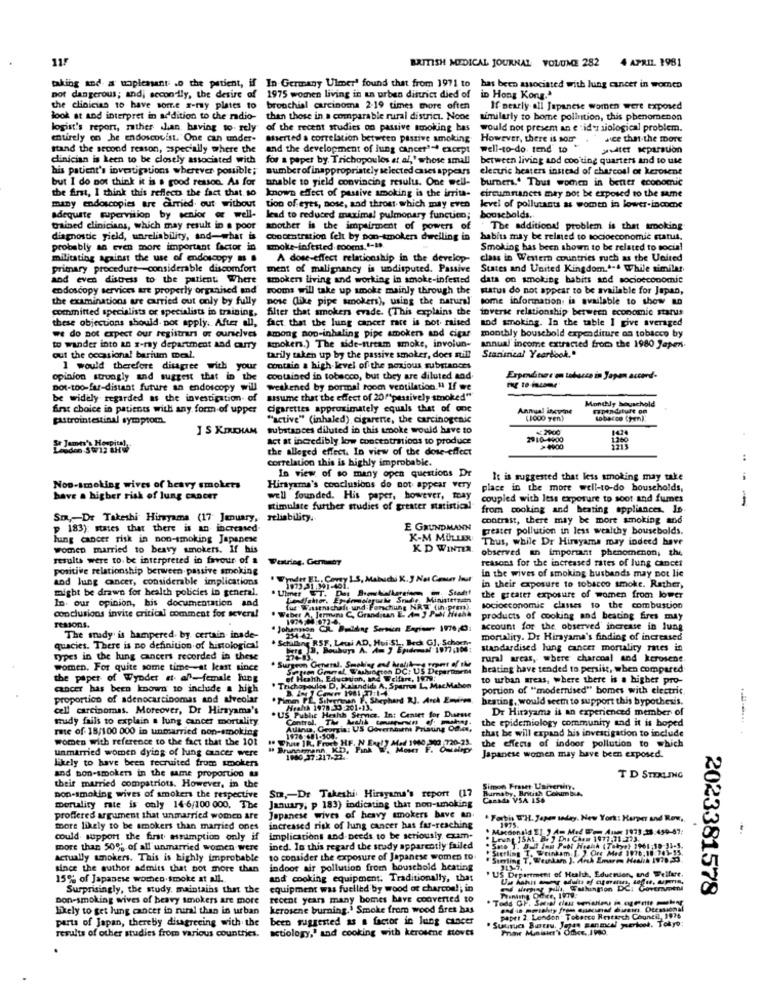
11/
BRITISH MEDICAL JOURNAL VOLUME 282
4 APRIL. 1981
aking and a uapleasant .o the patient, if In Germany Ulmer' found that from 1971 to has been associated with lung cancer in women
not dangerous; and; secondly, the desire of 1975 women living in un urben district died of in Hong Kong."
ot dangerous; and; secondly, the desire
the clinician 10 have some x-ray plates to
the clinician to have some x-ray plates to bronchial carcinoma 2-19 times more often
If nearly all Japanese women were exposed
look at and interpret in addition to the radio-
than those in a comparable rural district. None similarly to bome polintion, this phenomenon
logist's report, rather than having to. rely
of the recent studies on passive smoking bas
would not presem an e ' id': siological problem.
entirely on he endoscovist. One can under-
Sterted a correlation between passive smoking
However, there is som
asce that the more
stand the second reason, aspecially where the
and the development of lung cancer"- except
avater separation
dinician is keen to be closely associated with
for a peper by. Trichopoulos et al,' whose small
between living and coo ding quarters and to use
his patient's investigations wherever possible;
number of inappropriately selected cases appears
electric heaters instead of charcoal of kerosene
but I do not think it is a good reason. As for
unable to yield convincing results. One well- burners.' Thus women in better economic
the first, I think this reflects the fact that so
known effect of passive smoking is the irrita- circumstances may not be exposed to the same
many endoscopies are carried out without
tion of eyes, nose, and thront which may even
level of pollutants as women in lower-income
adequate supervision by senior or well-
adequate supervision by senior or well- lead to reduced maximal pulmonary function; households.
trained clinicians, which may result in a poor
another is the impairment of powers
The additional problem is that smoking
diagnostic yield, unreliability, and-what is
concentration felt by non-smokers dwelling in habits may be reined to socioeconomic status.
probably an even more important factor in
Smoking has been shown to be related to social
militating against the use of endoscopy # .
A dose-effect relationship in the develop-
class in Western countries such as the United
primary procedure-considerable discomfort
ment of malignancy is undisputed. Passive
States and United Kingdom .... While similar
and even distress to the patient Where
smokers ilving and working in smoke-infested
data on smoking habits and socioeconomic
endoscopy services are properly organised and
rooms will take up smoke mainly through the
status do not appear to be available for Japan,
the examinations are carried out only by fully
pose (lite pipe smokers), using the natural' some information is available to show an
committed specialists or specialists in training,
filter that smokers evade. (This explains the inverse relationship between economic status
these objections should por apply. After all,
these objections should por apply. After all, fact that the lung cancer rate is pot raised
fact that the lung cancer rate is pot maised and smoking. In the table I give averaged
Among nop-inhaling pipe smokers and cigar
we do not expect our registrar or ourselves
monthly bousebold expenditure os tobacco by
to wander into an x-ray department and curry
smokers.) The side-nrtam smoke, involun-
annual income extracted from the 1980 Japen
Stansneal Yearbook."
out the occasional barium meal.
tarily taken up by the passive smoker, does mill
1 would therefore disagree with your
contain a high-level of the noxious substances
opinion strongly and suggest that in the
contained in tobacco, but they are diluted and
Expediter on tobacco in Japan accord-
Dot-too far-distant future an endoscopy will
weakened by pormal room ventilation." If we
be widely regarded as the investigation- of
assume that the effect of 20( passively smoked"
Monthly bouschold
first choice in patients with any form of upper
Cigarettes approximately equals that of one
Annual incyone
Fpandtult on
gastrointestinal symptom.
"active" (inhaled) cigarette, the carcinogenic
(000 Ten)
tobacco (pen).
J S KIRKHAM
substances diluted in this smoke would have to
2900
act at incredibly low concentrations to produce
2910-4900
the alleged effect. In view of the dose-effect
>4900
correlation this is highly improbable.
:
In view of so many open questions Dr
It is suggested that less smoking may take
Non-smoking wives of heavy smokets
Hirtyama's conclusions do not appear very
place in the more well-to-do households,
have a higher risk of lung cancer
well founded. His paper, however, may
coupled with less exposure to soot and fumes
stimulate further studies of greater statistical
from cooking and heating appliances. In
Sm-De Takeshi Hirayama (17 January, reliability.
contrast, there may be more smoking and
p 183): states that there is an increased
E GRUNDMANN
greater pollution in less wealthy bousebolds.
huang cancer risk in non-smoking Japanese
K-M MULLER
Thus, while Dr Hirsyama may indeed have
women married to beavy smokers. If his
KD WINTER.
observed an important phenomenon, the
results were to be interpreted in favour of a
Westring, Germany
reasons for the increased rates of lung cancer
positive relationship berween passive smoking
In the wives of smoking husbands may not lie
and lung cancer, considerable implications
Wmder EL. Comy 13, Mabuchi K. J Net Cesur Hour
might be drawn for health policies in general.
" Ulmer ET. Das Bombefleretom - Stadt
in their exposure to tobacco smoke. Rather,
In. our opinion, bis documentation and
the greater exposure of women from lower
conclusions invite critical comment for several
Weber A, Jermuns C. Granditas E 4- 3 Puoi Heads
tue Wissenschaft und Forschung NRW (in pren).
socioeconomic classes to the combustion
products of cooking and beating fires may
reasons.
account for the observed increase in lung
The srady is hampered. by certain inade-
. Schaling RSF, Leti AD, Hui:SL. Bech GJ, Schoen-
mortality. De Hirayama's finding of increased
quacies. There is no definition of histological
standardised lung cancer mortality rates in
types in the lung cancers recorded in these
rural areas, where charcoal and kerosene
women. For quite some time -at least since
Sepon Geral Washington DC: US Department
beating have tended to pensiit, when compared
the paper of Wyodet et all-female Fung
to urban areas, where there is a higher pro-
cancer has been known to include a high
portion of "modernised" bomes with electric
proportion of adenocarcinomas and alveolar
Pimen PL. Silentman , Shephard RJ. Arch Environ
heating, would seem to support this bypothesis.
cell carcinomas. Moreover, Dr Hirsyama's
Health 1978 39.201-13.
Dr Hirayama is an experienced member of
study fails to explain a lung cancer mortality.
.US Public Heshh Sernce. In: Canset for Disesse
Central. Th kulturen d' mest.
the epidemiology community and it is hoped
rate of 18/100 000 in unmarried non-smoking
Atlanta, Georgia: US Governoem Pristing Office,
1976 -481-904.
women with reference to the fact that the 101
" Flute IR, Froes HF. N Ex!) M.d 1940,200 720-23.
the effects of indoor pollution to which
that be will expand his investigation to include
unmarried women dying of lung cancer were
" Brunomann KD, Fink . Moser F. Omtelegy
Likely to have been recruited from smokers
7.217.22.
Japanese women may have been exposed.
and non-smokers in the same proportion &
TD STERLING
their married compatriots. However, in the
Simon Fraser University.
Burnaby, British Columbia,
pop-smoking wives of smokers the respective
Sm ,- Dr Takeshi Hirsyama's report (
Canada VSA 156
mortality rate is only 14-6/100 000. The
January, p 183) indicating that non-smoking
proffered argument that unmarried women are
Japanese wives of heavy smokers have an.
. Fortis W'H. Japan saday. New York: Harper and Row,
more likely to be smokers than married ones
increased risk of lung cancer has far-reaching
1975.
could support the first erumption only if
implications and needs to be seriously. exam-
: LEung ISAL. B. ] Du Chom 1977-71:273.
more than 50% of all unmarried women were
ined. In this regard the study apparently failed
"Sterling T. Wrinkam [. ). Cre Med 1976,18:763-55.
Sto T. But Iam Pool Hroth (Tokyo) 1961:10-31-5.
actually smokers. This is highly improbable
to consider the exposure of Japanese women to
" Suerling T, Wennkam ). Ark Enwarm Health 1978,33
since the author admits that pot more than
indoor air pollution from household heating
" US Department of Health, Educnien, and Welfare.
15% of Japanese wochen smoke at all ..
and cooking equipment. Traditionally, that
Surprisingly, the study, maintains that the
equipment was fuelled by wood ot charcoal; in
why pill Washington DC: Goverveni
2023381578
Don-smoking wives of heavy smokers are more
recent years many bomes have converted to
Thenicht Core, 1979.
likely to get hung cancer in rural than in urban
kerosene burning.' Smoke from wood fires has
parts of Japan, thereby disagreeing with the
been suggested as a factor in lung cancer
Suurucs Bureau, Jepas Earmesi yerbook. Tokyo:
paper 2. London . Tobarco Research Council, 1996
actiology," and cooking with kerosene stoves
results of other studies from various countries.